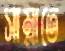
সাম্‌লাতে